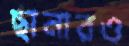
ছানারও